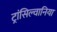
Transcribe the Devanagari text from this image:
ट्रांसिल्वानिया